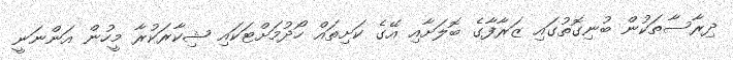
ދިރާސާތަކުން ބުނިގޮތުގައި ޒަރާފާގެ ބޮލަށާއި އޭގެ ކަށިތައް ހޯދުމަށްޓަކައި ޝިކާރަކުރާ މީހުން އަންނަނީ